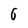
Character: 6